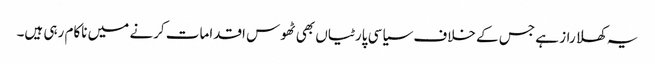
یہ کھلا راز ہے جس کے خلاف سیاسی پارٹیاں بھی ٹھوس اقدامات کرنے میں ناکام رہی ہیں۔